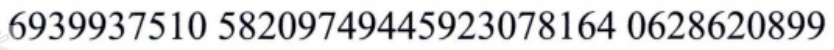
\(6939937510\ 58209749445923078164\ 0628620899\)